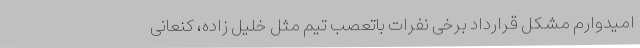
امیدوارم مشکل قرارداد برخی نفرات باتعصب تیم مثل خلیل زاده، کنعانی